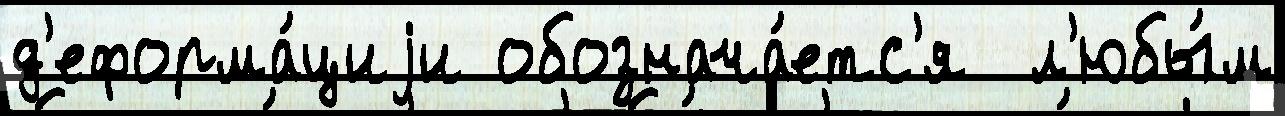
д'еформа́циjи обознача́етс'я  л'юбы́м